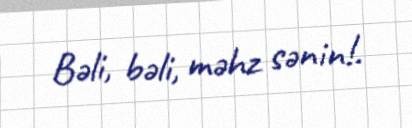
Bəli, bəli, məhz sənin!.